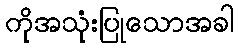
ကိုအသုံးပြုသောအခါ